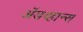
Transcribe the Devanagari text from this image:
ॲडव्हान्स